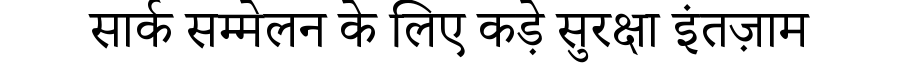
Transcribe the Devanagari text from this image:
सार्क सम्मेलन के लिए कड़े सुरक्षा इंतज़ाम